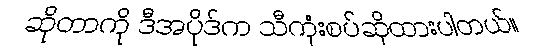
ဆိုတာကို ဒီအပိုဒ်က သီကုံးစပ်ဆိုထားပါတယ်။